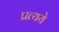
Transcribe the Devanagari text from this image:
प्रत्यये